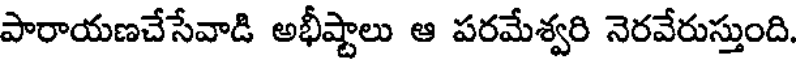
పారాయణచేసేవాడి అభీష్టాలు ఆ పరమేశ్వరి నెరవేరుస్తుంది.